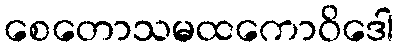
စေတောသမထကောဝိဒေါ